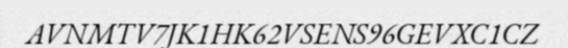
AVNMTV7JK1HK62VSENS96GEVXC1CZ